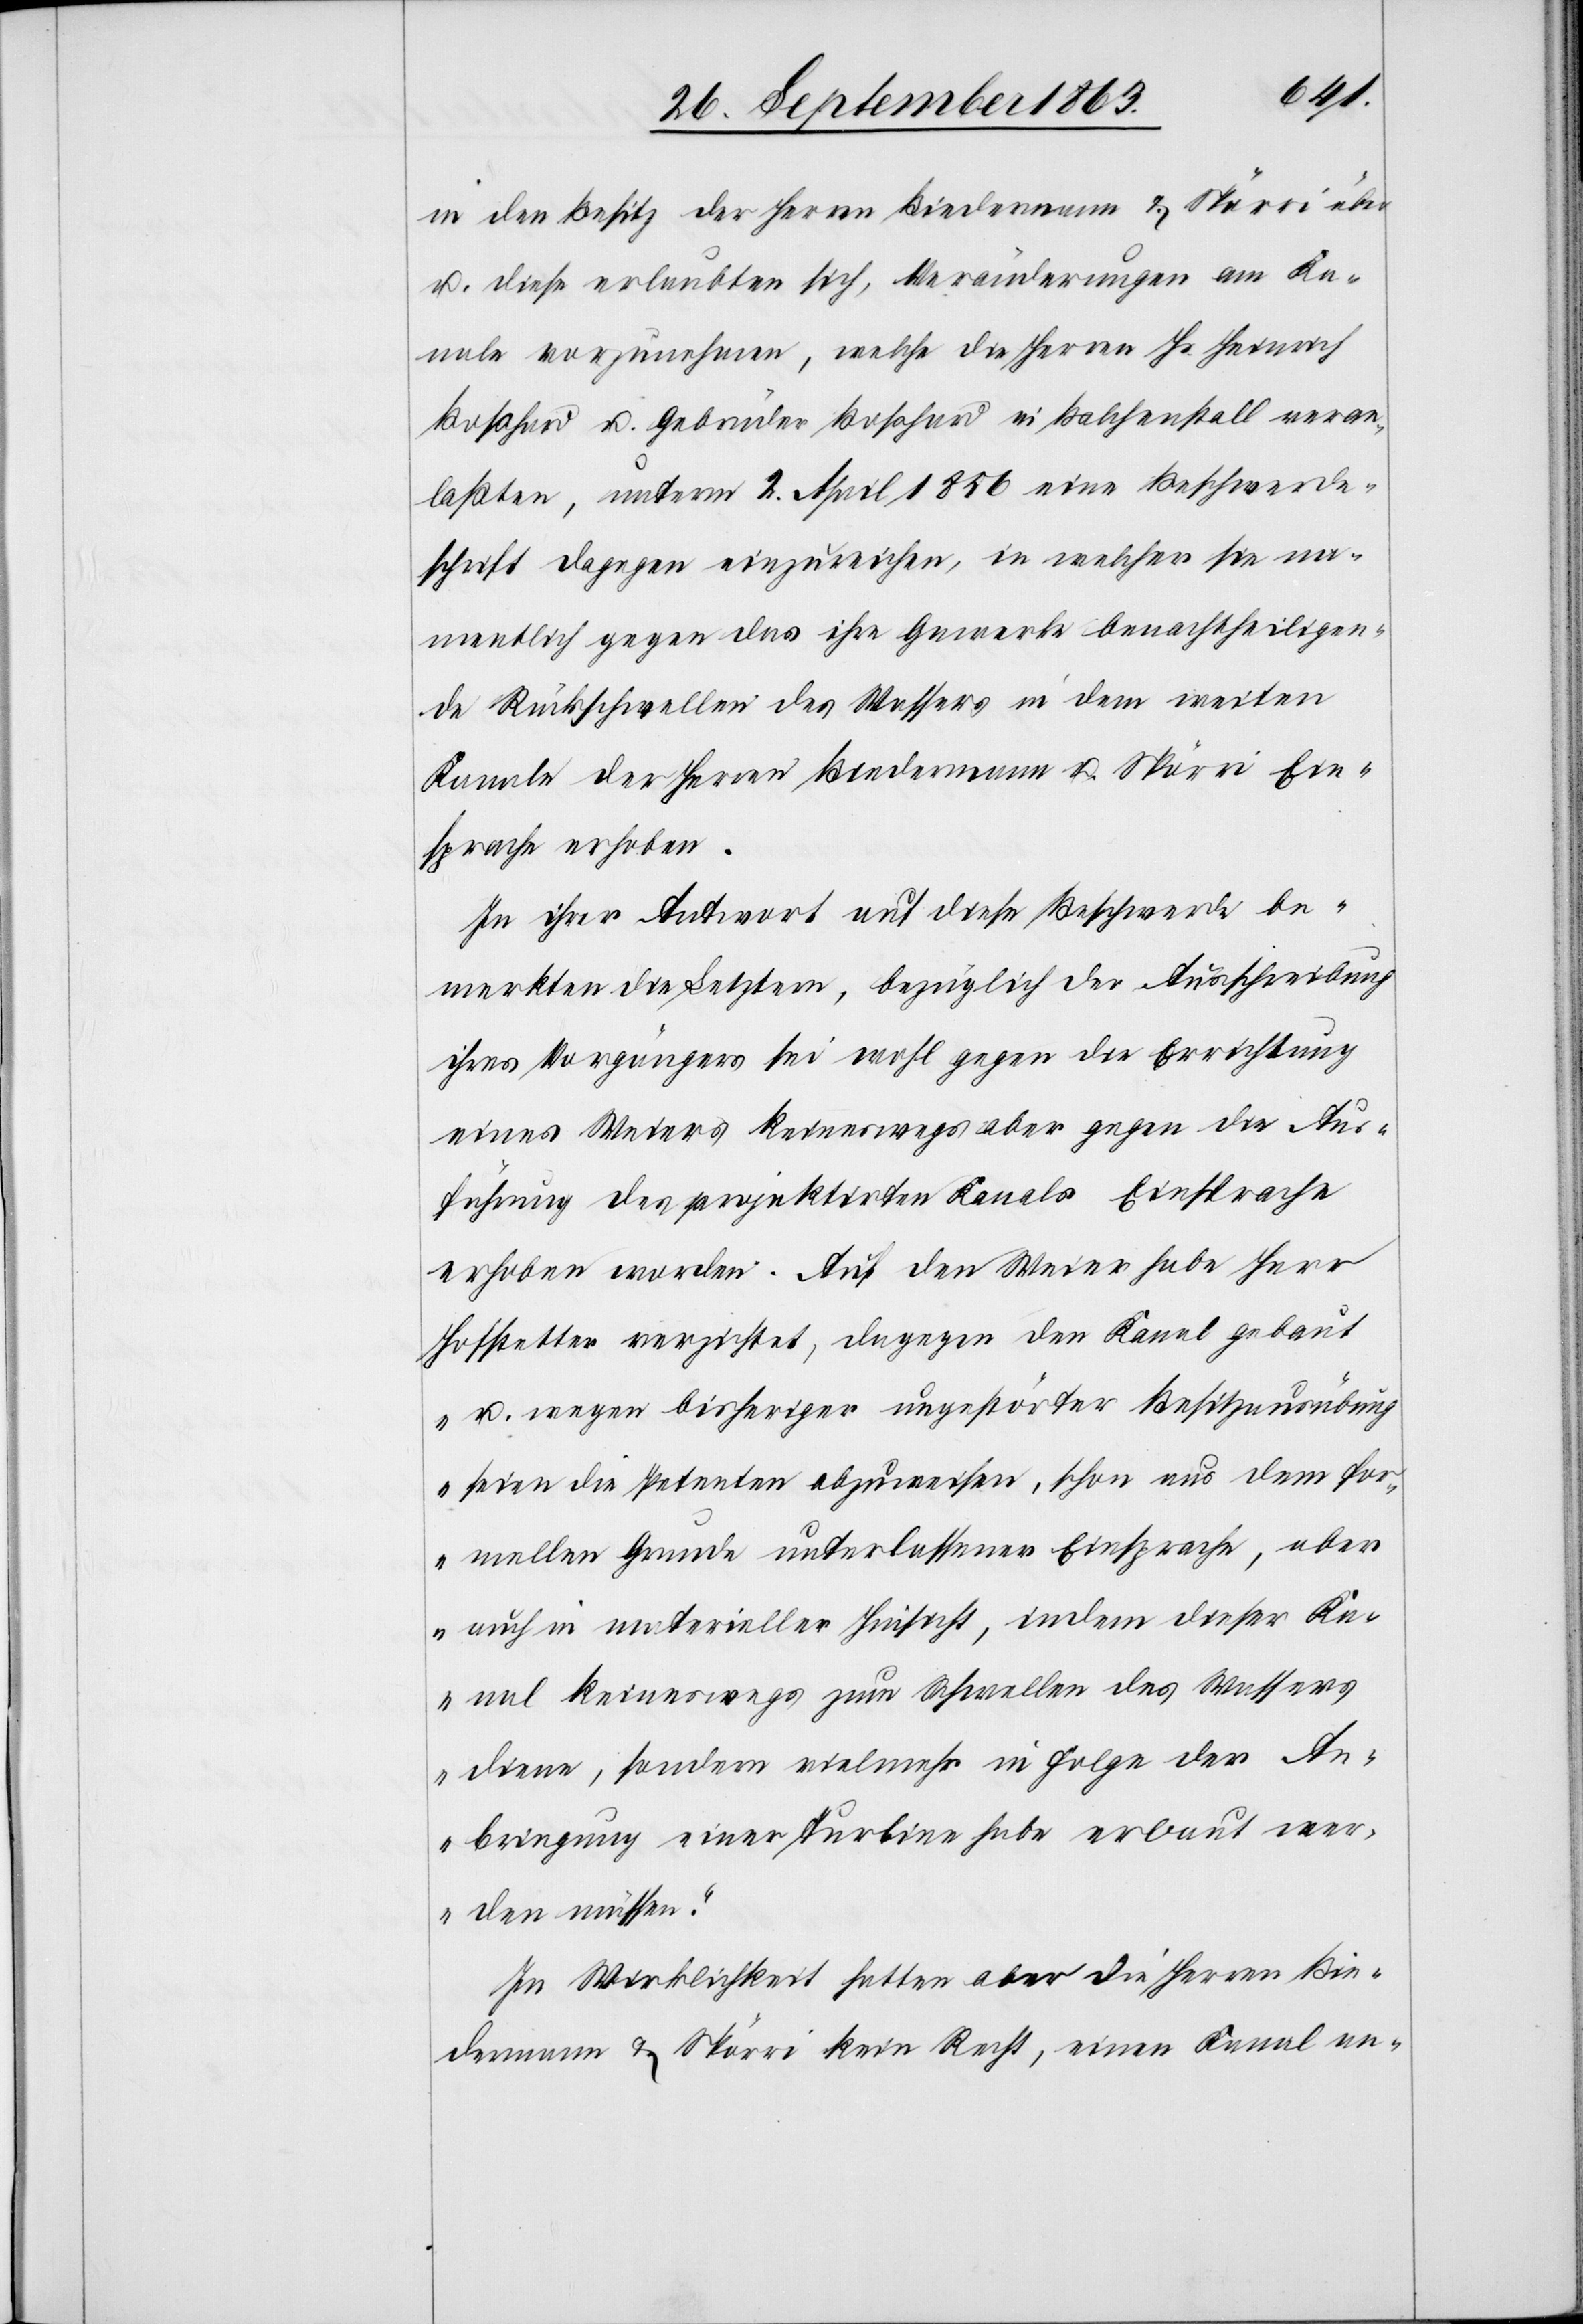
in den Besitz der Herren Biedermann & Spörri über
u. diese erlaubten sich, Veränderungen am Ka¬
nale vorzunehmen, welche die Herren Hs. Heinrich
Boßhard u. Gebrüder Boßhard in Balchenstall veran¬
laßten, unterm 2. April 1856 eine Beschwerde¬
schrift dagegen einzureichen, in welcher sie na¬
mentlich gegen das ihre Gewerke benachtheiligen¬
de Rückschwellen des Wassers in dem weiten
Kanale der Herren Biedermann u. Spörri Ein¬
sprache erhoben.
In ihrer Antwort auf diese Beschwerde be¬
merkten die Letztern, bezüglich der Ausschreibung
ihres Vorgängers sei wohl gegen die Errichtung
eines Weiers keineswegs aber gegen die Aus¬
führung des projektirten Kanals Einsprache
erhoben worden. Auf den Weier habe Herr
Hofstetter verzichtet, dagegen den Kanal gebaut
„u. wegen bisheriger ungestörter Besitzausübung
seien die Petenten abzuweisen, schon aus dem for¬
mellen Grunde unterlassener Einsprache, aber
auch in materieller Hinsicht, indem dieser Ka¬
nal keineswegs zum Schwellen des Wassers
diene, sondern vielmehr in Folge der An¬
bringung einer Turbine habe erbaut wer¬
den müssen.“
In Wirklichkeit hatten aber die Herren Bie¬
dermann & Spörri kein Recht, einen Kanal an-